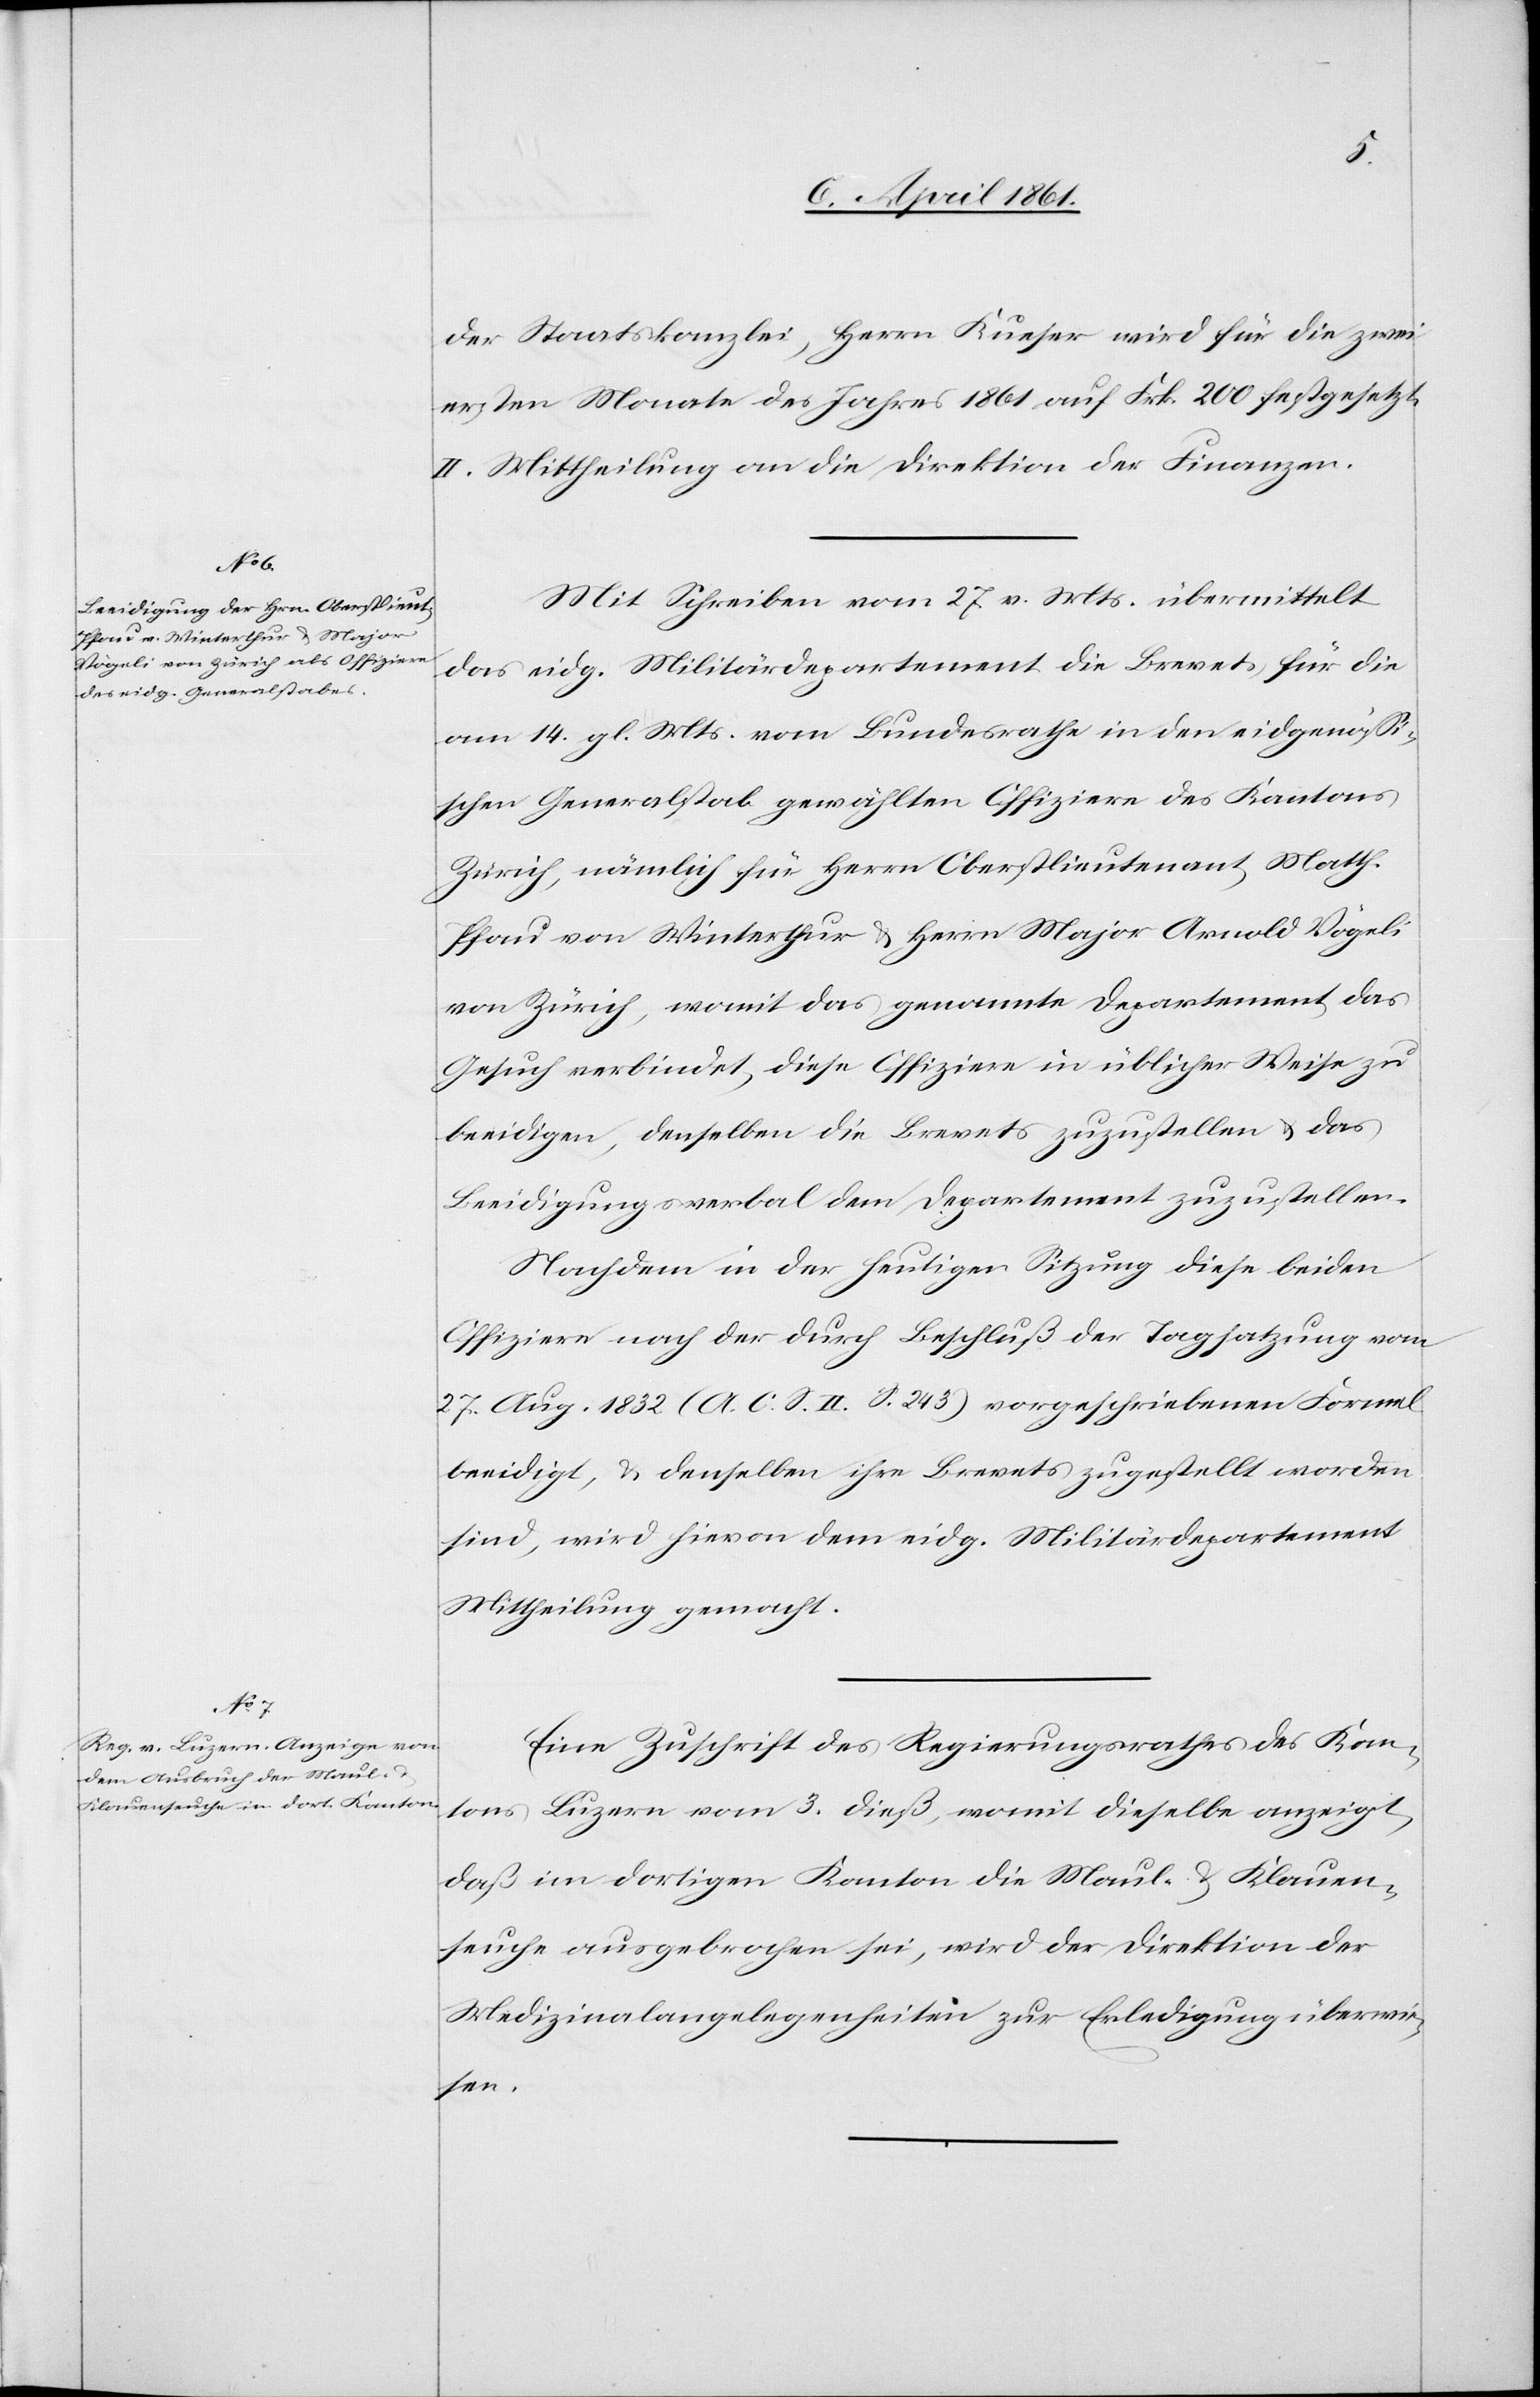
der Staatskanzlei, Herrn Kueser wird für die zwei
ersten Monate des Jahres 1861 auf Frk. 200 festgesetzt.
II. Mittheilung an die Direktion der Finanzen.
Mit Schreiben vom 27. v. Mts. übermittelt
das eidg. Militärdepartement die Brevets, für die
am 14. gl. Mts. vom Bundesrathe in den eidgenössi¬
schen Generalstab gewählten Offiziere des Kantons
Zürich, nämlich für Herrn Oberstlieutenant Matth.
Pfau von Winterthur u. Herrn Major Arnold Vögeli
von Zürich, womit das genannte Departement das
Gesuch verbindet, diese Offiziere in üblicher Weise zu
beeidigen, denselben die Brevets zuzustellen u. das
Beeidigungsverbal dem Departement zuzustellen.
Nachdem in der heutigen Sitzung diese beiden
Offiziere nach der durch Beschluß der Tagsatzung vom
27. Aug. 1832 (A. O. S. II. S. 243) vorgeschriebenen Formel
beeidigt, u. denselben ihre Brevets zugestellt worden
sind, wird hievon dem eidg. Militärdepartement
Mittheilung gemacht.
Eine Zuschrift des Regierungsrathes des Kan¬
tons Luzern vom 3. dieß, womit dieselbe anzeigt,
daß im dortigen Kanton die Maul- u. Klauen¬
seuche ausgebrochen sei, wird der Direktion der
Medizinalangelegenheiten zur Erledigung überwie¬
sen.